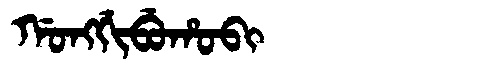
Manchu: ᡤᠣᠩᡤᡳᠪᡠᡥᠣᠪᡳ
Romanization: GONGGIBUHOBI